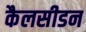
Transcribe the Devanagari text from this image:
कैलसीडन